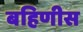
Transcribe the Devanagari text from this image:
बहिणीस